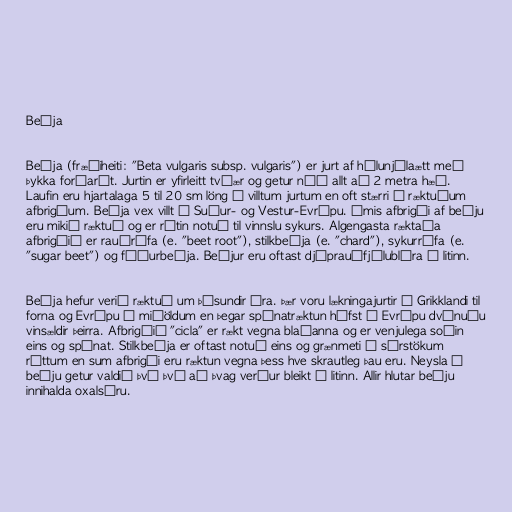
Beðja

Beðja (fræðiheiti: "Beta vulgaris subsp. vulgaris") er jurt af hélunjólaætt með
þykka forðarót. Jurtin er yfirleitt tvíær og getur náð allt að 2 metra hæð.
Laufin eru hjartalaga 5 til 20 sm löng á villtum jurtum en oft stærri á ræktuðum
afbrigðum. Beðja vex villt í Suður- og Vestur-Evrópu. Ýmis afbrigði af beðju
eru mikið ræktuð og er rótin notuð til vinnslu sykurs. Algengasta ræktaða
afbrigðið er rauðrófa (e. "beet root"), stilkbeðja (e. "chard"), sykurrófa (e.
"sugar beet") og fóðurbeðja. Beðjur eru oftast djúprauðfjólublára á litinn.

Beðja hefur verið ræktuð um þúsundir ára. Þær voru lækningajurtir í Grikklandi til
forna og Evrópu á miðöldum en þegar spínatræktun hófst í Evrópu dvínuðu
vinsældir þeirra. Afbrigðið "cicla" er rækt vegna blaðanna og er venjulega soðin
eins og spínat. Stilkbeðja er oftast notuð eins og grænmeti í sérstökum
réttum en sum afbrigði eru ræktun vegna þess hve skrautleg þau eru. Neysla á
beðju getur valdið því því að þvag verður bleikt á litinn. Allir hlutar beðju
innihalda oxalsýru.